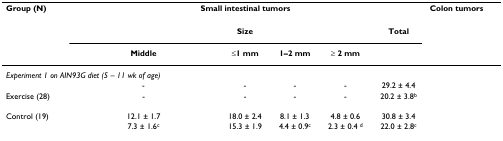
<table><thead><tr><td><b>Group (N)</b></td><td colspan="7"><b>Small intestinal tumors</b></td><td><b>Colon tumors</b></td></tr></thead><tbody><tr><td>[EMPTY_CELL]</td><td>[EMPTY_CELL]</td><td>[EMPTY_CELL]</td><td>[EMPTY_CELL]</td><td><b>Size</b></td><td>[EMPTY_CELL]</td><td>[EMPTY_CELL]</td><td><b>Total</b></td><td>[EMPTY_CELL]</td></tr><tr><td>[EMPTY_CELL]</td><td>[EMPTY_CELL]</td><td><b>Middle</b></td><td>[EMPTY_CELL]</td><td><b>≤1 mm</b></td><td><b>1–2 mm</b></td><td><b>≥ 2 mm</b></td><td>[EMPTY_CELL]</td><td>[EMPTY_CELL]</td></tr><tr><td colspan="9"><i>Experiment 1 on AIN93G diet (5 – 11 wk of age)</i></td></tr><tr><td>[EMPTY_CELL]</td><td>[EMPTY_CELL]</td><td>-</td><td>[EMPTY_CELL]</td><td>-</td><td>-</td><td>-</td><td>29.2 ± 4.4</td><td>[EMPTY_CELL]</td></tr><tr><td>Exercise (28)</td><td>[EMPTY_CELL]</td><td>-</td><td>[EMPTY_CELL]</td><td>-</td><td>-</td><td>-</td><td>20.2 ± 3.8<sup>b</sup></td><td>[EMPTY_CELL]</td></tr><tr><td colspan="9">[EMPTY_CELL]</td></tr><tr><td>Control (19)</td><td>[EMPTY_CELL]</td><td>12.1 ± 1.7</td><td>[EMPTY_CELL]</td><td>18.0 ± 2.4</td><td>8.1 ± 1.3</td><td>4.8 ± 0.6</td><td>30.8 ± 3.4</td><td>[EMPTY_CELL]</td></tr><tr><td>[EMPTY_CELL]</td><td>[EMPTY_CELL]</td><td>7.3 ± 1.6<sup>c</sup></td><td>[EMPTY_CELL]</td><td>15.3 ± 1.9</td><td>4.4 ± 0.9<sup>c</sup></td><td>2.3 ± 0.4 <sup>d</sup></td><td>22.0 ± 2.8<sup>c</sup></td><td>[EMPTY_CELL]</td></tr></tbody></table>